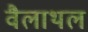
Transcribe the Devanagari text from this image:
वैलाथल